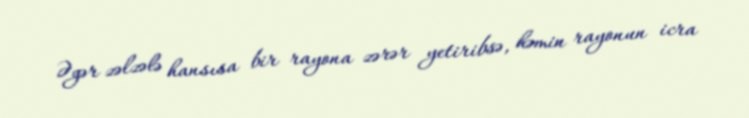
Əgər zəlzələ hansısa bir rayona zərər yetiribsə, həmin rayonun icra